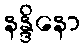
နန္ဒိနော